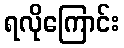
ရလိုကြောင်း